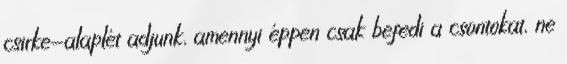
csirke-alaplét adjunk, amennyi éppen csak befedi a csontokat, ne